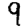
Digit: 9